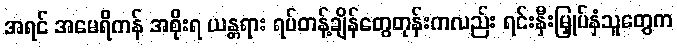
အရင် အမေရိကန် အစိုးရ ယန္တရား ရပ်တန့်ချိန်တွေတုန်းကလည်း ရင်းနှီးမြှုပ်နှံသူတွေက